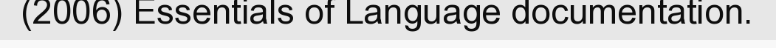
(2006) Essentials of Language documentation.